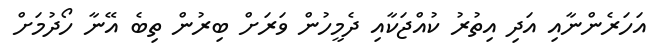
އަހަރެންނާއި އަދި އިތުރު ކުއްޖަކާއި ދެމީހުން ވަރަށް ބިރުން ތިބެ އޭނާ ހޯދުމަށް